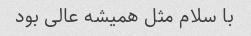
با سلام مثل همیشه عالی بود